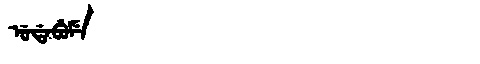
Manchu: ᡠᡩᠠᠪᡠᠮᡝ
Romanization: UDABUME